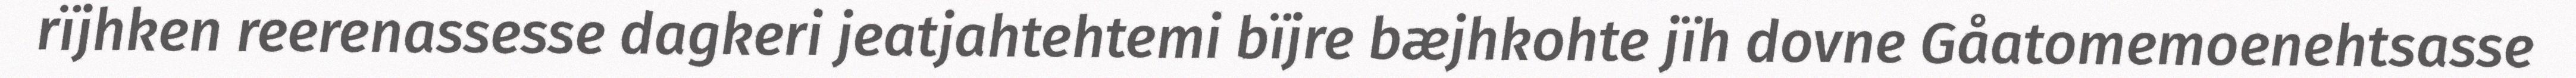
rïjhken reerenassesse dagkeri jeatjahtehtemi bïjre bæjhkohte jïh dovne Gåatomemoenehtsasse